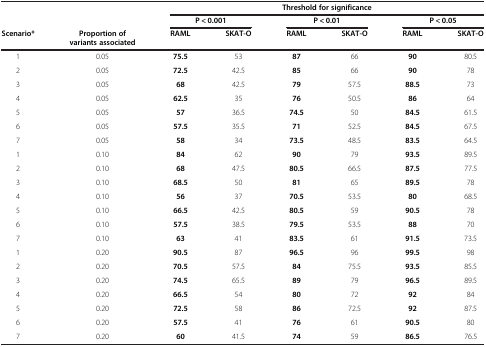
<table><thead><tr><td><b> </b></td><td><b> </b></td><td colspan="6"><b>Threshold for significance</b></td></tr><tr><td><b> </b></td><td><b> </b></td><td colspan="2"><b>P &lt; 0.001</b></td><td colspan="2"><b>P &lt; 0.01</b></td><td colspan="2"><b>P &lt; 0.05</b></td></tr><tr><td><b>Scenario*</b></td><td><b>Proportion of variants associated</b></td><td><b>RAML</b></td><td><b>SKAT-O</b></td><td><b>RAML</b></td><td><b>SKAT-O</b></td><td><b>RAML</b></td><td><b>SKAT-O</b></td></tr></thead><tbody><tr><td>1</td><td>0.05</td><td><b>75.5</b></td><td>53</td><td><b>87</b></td><td>66</td><td><b>90</b></td><td>80.5</td></tr><tr><td>2</td><td>0.05</td><td><b>72.5</b></td><td>42.5</td><td><b>85</b></td><td>66</td><td><b>90</b></td><td>78</td></tr><tr><td>3</td><td>0.05</td><td><b>68</b></td><td>42.5</td><td><b>79</b></td><td>57.5</td><td><b>88.5</b></td><td>73</td></tr><tr><td>4</td><td>0.05</td><td><b>62.5</b></td><td>35</td><td><b>76</b></td><td>50.5</td><td><b>86</b></td><td>64</td></tr><tr><td>5</td><td>0.05</td><td><b>57</b></td><td>36.5</td><td><b>74.5</b></td><td>50</td><td><b>84.5</b></td><td>61.5</td></tr><tr><td>6</td><td>0.05</td><td><b>57.5</b></td><td>35.5</td><td><b>71</b></td><td>52.5</td><td><b>84.5</b></td><td>67.5</td></tr><tr><td>7</td><td>0.05</td><td><b>58</b></td><td>34</td><td><b>73.5</b></td><td>48.5</td><td><b>83.5</b></td><td>64.5</td></tr><tr><td>1</td><td>0.10</td><td><b>84</b></td><td>62</td><td><b>90</b></td><td>79</td><td><b>93.5</b></td><td>89.5</td></tr><tr><td>2</td><td>0.10</td><td><b>68</b></td><td>47.5</td><td><b>80.5</b></td><td>66.5</td><td><b>87.5</b></td><td>77.5</td></tr><tr><td>3</td><td>0.10</td><td><b>68.5</b></td><td>50</td><td><b>81</b></td><td>65</td><td><b>89.5</b></td><td>78</td></tr><tr><td>4</td><td>0.10</td><td><b>56</b></td><td>37</td><td><b>70.5</b></td><td>53.5</td><td><b>80</b></td><td>68.5</td></tr><tr><td>5</td><td>0.10</td><td><b>66.5</b></td><td>42.5</td><td><b>80.5</b></td><td>59</td><td><b>90.5</b></td><td>78</td></tr><tr><td>6</td><td>0.10</td><td><b>57.5</b></td><td>38.5</td><td><b>79.5</b></td><td>53.5</td><td><b>88</b></td><td>70</td></tr><tr><td>7</td><td>0.10</td><td><b>63</b></td><td>41</td><td><b>83.5</b></td><td>61</td><td><b>91.5</b></td><td>73.5</td></tr><tr><td>1</td><td>0.20</td><td><b>90.5</b></td><td>87</td><td><b>96.5</b></td><td>96</td><td><b>99.5</b></td><td>98</td></tr><tr><td>2</td><td>0.20</td><td><b>70.5</b></td><td>57.5</td><td><b>84</b></td><td>75.5</td><td><b>93.5</b></td><td>85.5</td></tr><tr><td>3</td><td>0.20</td><td><b>74.5</b></td><td>65.5</td><td><b>89</b></td><td>79</td><td><b>96.5</b></td><td>89.5</td></tr><tr><td>4</td><td>0.20</td><td><b>66.5</b></td><td>54</td><td><b>80</b></td><td>72</td><td><b>92</b></td><td>84</td></tr><tr><td>5</td><td>0.20</td><td><b>72.5</b></td><td>58</td><td><b>86</b></td><td>72.5</td><td><b>92</b></td><td>87.5</td></tr><tr><td>6</td><td>0.20</td><td><b>57.5</b></td><td>41</td><td><b>76</b></td><td>61</td><td><b>90.5</b></td><td>80</td></tr><tr><td>7</td><td>0.20</td><td><b>60</b></td><td>41.5</td><td><b>74</b></td><td>59</td><td><b>86.5</b></td><td>76.5</td></tr></tbody></table>